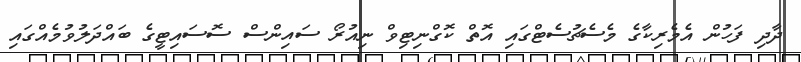
ދާދި ފަހުން އެމެރިކާގެ މެސެޗުސެޓްގައި އޮތް ކޮގްނިޓިވް ނިއުރޯ ސައިންސް ސޮސައިޓީގެ ބައްދަލުވުމެއްގައި